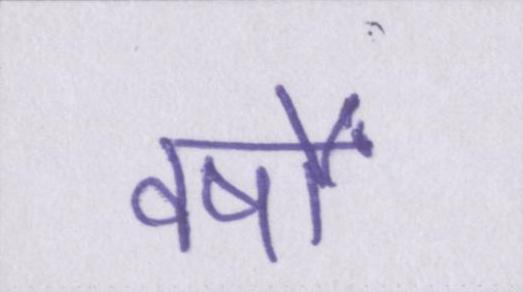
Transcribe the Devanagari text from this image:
वर्षों